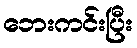
ဘေးကင်းပြီး